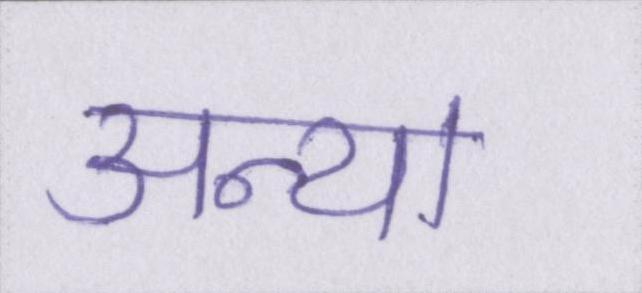
अन्या